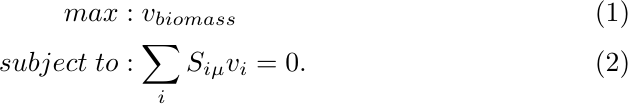
\begin{align}
max &:  v_{biomass} \label{eq2}\\
subject\;to &: \sum_{i}S_{i\mu}v_i=0 \label{eq3}.
\end{align}